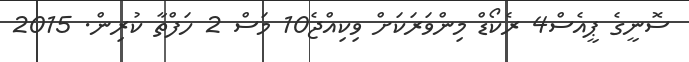
ސޮނީގެ ޕީއެސް4 ރެކޯޑް މިންވަރަކަށް ވިކިއްޖެ10 މަސް 2 ހަފްތާ ކުރިން. 2015